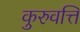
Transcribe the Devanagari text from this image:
कुरुवत्ति